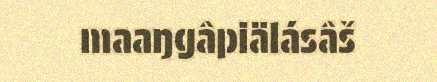
maaŋgâpiälásâš